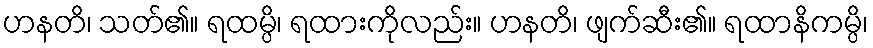
ဟနတိ၊ သတ်၏။ ရထမ္ပိ၊ ရထားကိုလည်း။ ဟနတိ၊ ဖျက်ဆီး၏။ ရထာနိကမ္ပိ၊